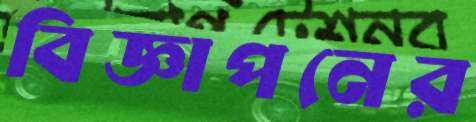
বিজ্ঞাপনের